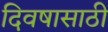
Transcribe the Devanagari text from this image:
दिवषासाठी